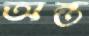
অন্ত